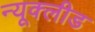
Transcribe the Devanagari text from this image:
न्यूक्लीड